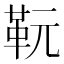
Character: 𩉯